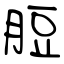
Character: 脰